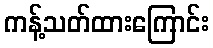
ကန့်သတ်ထားကြောင်း